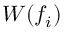
W ( f _ { i } )